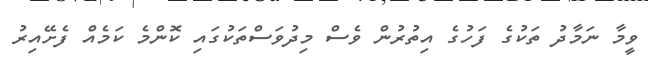
ވީމާ ނަމާދު ތަކުގެ ފަހުގެ އިތުރުން ވެސް މިދުވަސްތަކުގައި ކޮންމެ ކަމެއް ފެށޭއިރު